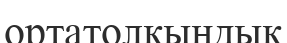
ортатолқындық